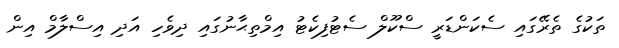
ތަކުގެ ތެރޭގައި ސެކަންޑަރީ ސްކޫލް ސެޓުފިކެޓު އިމްތިޙާނުގައި ދިވެހި އަދި އިސްލާމް އިން